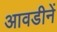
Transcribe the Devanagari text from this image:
आवडीनें